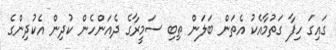
ގައިގަ ހިފާ ގަތުމާއެކު އެތަން ބަލަން ތިބި ސަމީރާގެ ދެއަންހެން ކުދިން އެކުދިންގެ